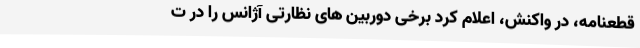
قطعنامه، در واکنش، اعلام کرد برخی دوربین های نظارتی آژانس را در ت